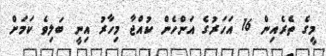
މީގެ ތެރެއިން 16 އަހަރުގެ އަންހެން ކުއްޖާ މިހާރު އިނީ ބަލިވެ ކަމަށް